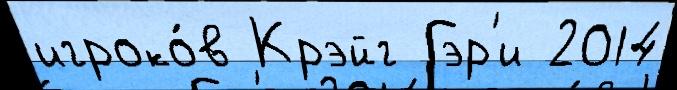
игроко́в Крэйг Гэр'и 2014